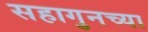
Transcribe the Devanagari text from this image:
सहागुनच्या